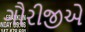
ગૌરીજીએ